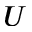
U